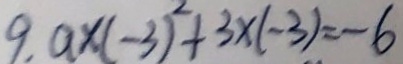
9 . a \times ( - 3 ) ^ { 2 } + 3 \times ( - 3 ) = - 6